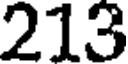
213